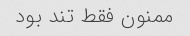
ممنون فقط تند بود